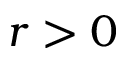
r > 0